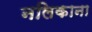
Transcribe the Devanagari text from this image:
नलिकाना